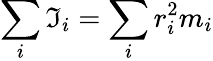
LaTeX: \sum_{i}\mathfrak{I}_{i}=\sum_{i}r_{i}^{2}m_{i}